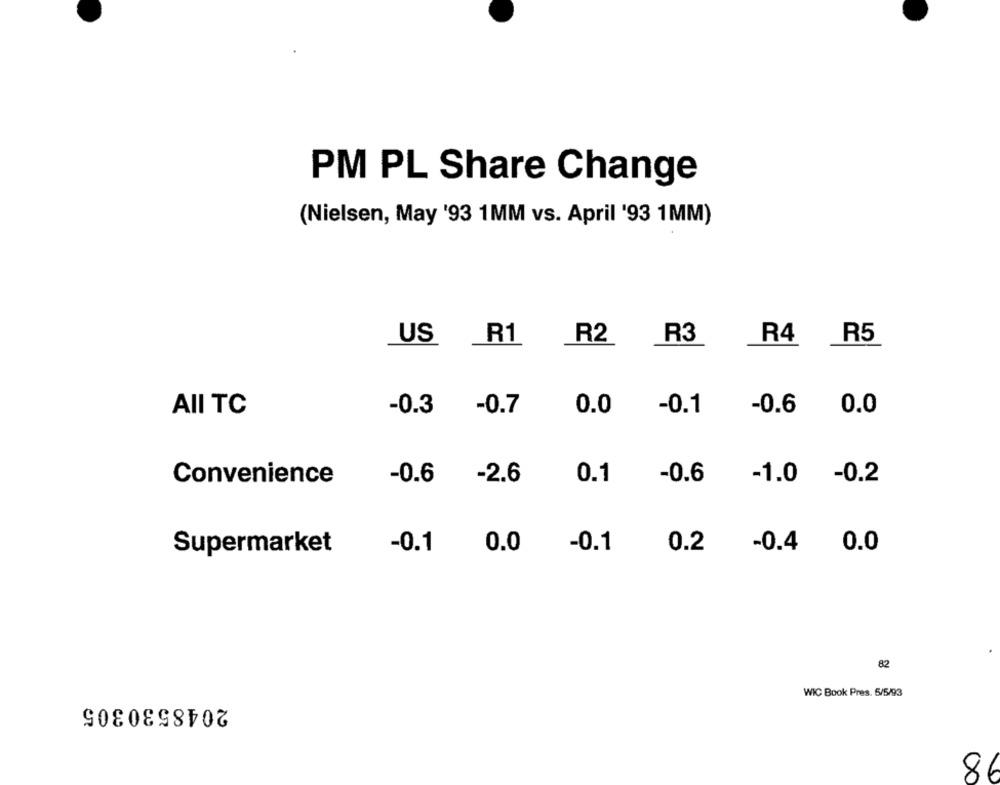
PM PL Share Change
(Nielsen, May '93 1MM vs. April '93 1MM)
US
R1
R2
R3
R4
R5
AII TC
-0.3
-0.7
0.0
-0.1
-0.6
0.0
Convenience
-0.6
-2.6
0.1
-0.6
-1.0
-0.2
Supermarket
-0.1
0.0
0.2
-0.1
-0.4
0.0
82
2048530305
WIC Book Pres. 5/5/93
86